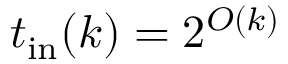
t _ { \mathrm { i n } } ( k ) = 2 ^ { O ( k ) }